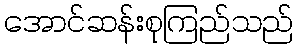
အောင်ဆန်းစုကြည်သည်